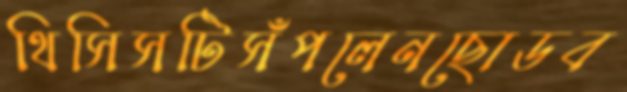
থিসিসটিসঁপলেনছোডব